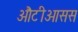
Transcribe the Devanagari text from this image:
औटीओसस